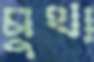
মুথা